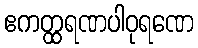
ဧကတ္ထရဏပါဝုရဏေ